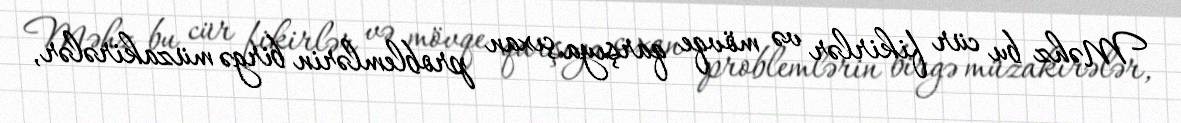
Məhz bu cür fikirlər və mövqe qarşıya çıxan problemlərin birgə müzakirələr,